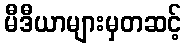
မီဒီယာများမှတဆင့်